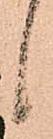
候